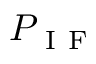
P _ { \mathrm { ~ I ~ F ~ } }